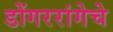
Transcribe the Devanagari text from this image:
डोंगररांगेचे